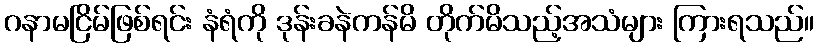
ဂနာမငြိမ်ဖြစ်ရင်း နံရံကို ဒုန်းခနဲကန်မိ တိုက်မိသည့်အသံများ ကြားရသည်။